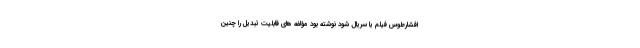
افشارطوس فیلم یا سریال شود نوشته بود مؤلفه های قابلیت تبدیل را چنین